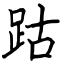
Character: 跍